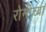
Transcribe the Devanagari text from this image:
रोनीच्या